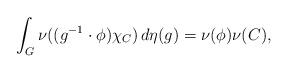
LaTeX: \begin{align*}\int_G \nu((g^{-1} \cdot \phi)\chi_C) \, d\eta(g) = \nu(\phi) \nu(C), \end{align*}